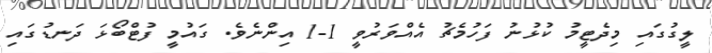
ލީގުގައި މިދެޓީމު ކުޅުނު ފަހުމެޗު އެއްވަރުވީ 1-1 އިންނެވެ. ގައުމީ ފުޓްބޯޅަ ދަނޑުގައި